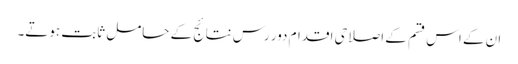
ان کے اس قسم کے اصلاحی اقدام دور رس نتائج کے حامل ثابت ہوتے۔